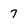
Character: 7